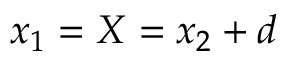
x _ { 1 } = X = x _ { 2 } + d